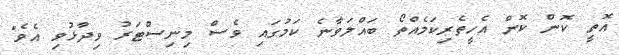
އޮތީ ކޮން ކޮން އެހީތެރިކަމެއްތޯ ބައްލަވާނެ ކަމުގައި ވެސް މިނިސްޓަރު ވިދާޅުވި އެވެ"